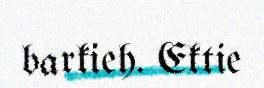
barkieh. Ektie